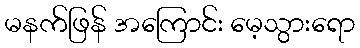
မနက်ဖြန် အကြောင်း မေ့သွားရော